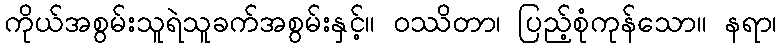
ကိုယ်အစွမ်းသူရဲသူခက်အစွမ်းနှင့်။ ဝဿိတာ၊ ပြည့်စုံကုန်သော။ နရာ၊